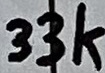
Text: 33k